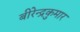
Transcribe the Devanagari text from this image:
बीरेन्द्रकुमार